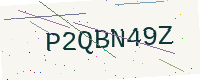
Text: P2QBN49Z